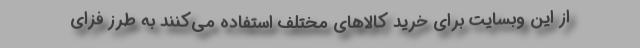
از این وبسایت برای خرید کالاهای مختلف استفاده می‌کنند به طرز فزای